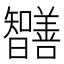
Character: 𭨔